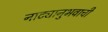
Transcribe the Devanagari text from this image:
नाट्यानुभवाची